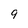
Character: 9